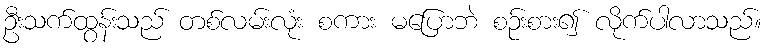
ဦးသက်ထွန်းသည် တစ်လမ်းလုံး စကား မပြောဘဲ စဉ်းစား၍ လိုက်ပါလာသည်။